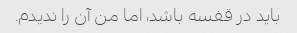
باید در قفسه باشد، اما من آن را ندیدم.